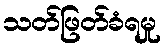
သတ်ဖြတ်ခံရမှု